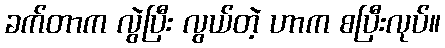
ခက်တာက လွဲပြီး လွယ်တဲ့ ဟာက စပြီးလုပ်။